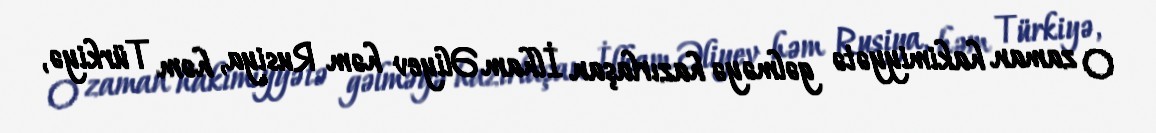
O zaman hakimiyyətə gəlməyə hazırlaşan İlham Əliyev həm Rusiya, həm Türkiyə,